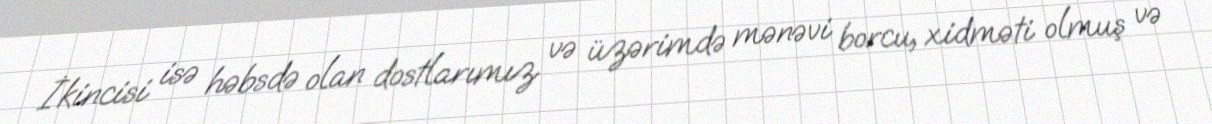
İkincisi isə həbsdə olan dostlarımız və üzərimdə mənəvi borcu, xidməti olmuş və